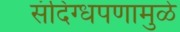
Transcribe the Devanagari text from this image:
संदिग्धपणामुळे